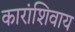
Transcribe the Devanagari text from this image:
कारांशिवाय